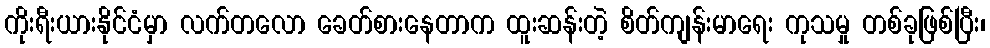
ကိုးရီးယားနိုင်ငံမှာ လက်တလော ခေတ်စားနေတာက ထူးဆန်းတဲ့ စိတ်ကျန်းမာရေး ကုသမှု တစ်ခုဖြစ်ပြီး၊